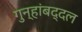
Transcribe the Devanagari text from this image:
गुन्हांबद्दल